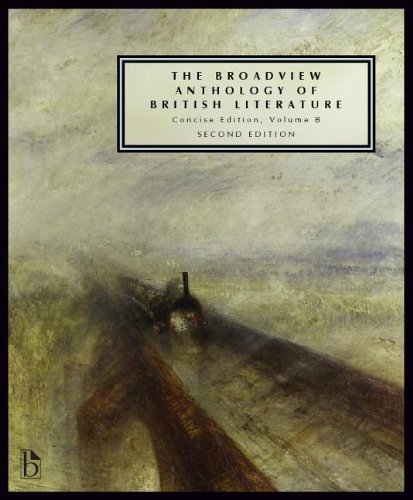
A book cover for The Broadview Anthology of British Literature: Concise Volume B - Second Edition: Concise Edition, Volume B (Broadview Anthology of British Literature - Second Edition); Literature & Fiction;